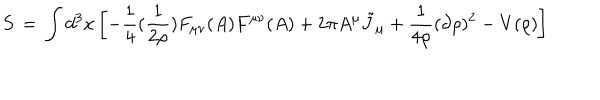
LaTeX: S \, = \, \int d ^ { 3 } x \left[ - \frac { 1 } { 4 } ( \frac { 1 } { 2 \rho } ) F _ { \mu \nu } ( A ) F ^ { \mu \nu } ( A ) + 2 \pi A ^ { \mu } { \tilde { J } } _ { \mu } + \frac { 1 } { 4 \rho } ( \partial \rho ) ^ { 2 } - V ( \rho ) \right]